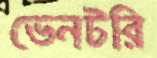
ভেনটরি